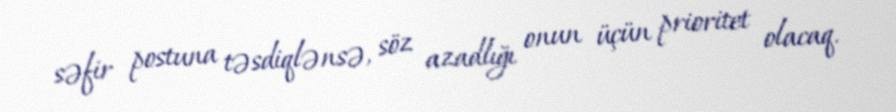
səfir postuna təsdiqlənsə, söz azadlığı onun üçün prioritet olacaq.